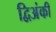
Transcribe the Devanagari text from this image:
द्विअंकी